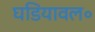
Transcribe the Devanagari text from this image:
घडियावल॰